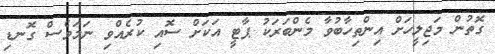
ގޮތުން މަޖިލީހަށް އިންތިހާބުވާ މެންބަރަކު ޕާޓީ އަކަށް ސޮއި ކުރެއްވި ނަމަވެސް ގޮނޑި